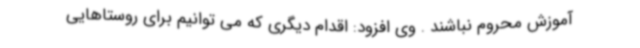
آموزش محروم نباشند . وی افزود: اقدام دیگری که می توانیم برای روستاهایی